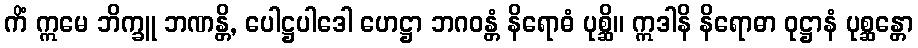
ကိံ ဣမေ ဘိက္ခူ ဘဏန္တိ, ပေါဋ္ဌပါဒေါ ဟေဋ္ဌာ ဘဂဝန္တံ နိရောဓံ ပုစ္ဆိ။ ဣဒါနိ နိရောဓာ ဝုဋ္ဌာနံ ပုစ္ဆန္တော